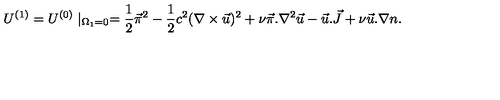
U ^ { ( 1 ) } = U ^ { ( 0 ) } \mid _ { \Omega _ { 1 } = 0 } = { \frac { 1 } { 2 } } \vec { \pi } ^ { 2 } - { \frac { 1 } { 2 } } c ^ { 2 } ( \nabla \times \vec { u } ) ^ { 2 } + \nu \vec { \pi } . \nabla ^ { 2 } \vec { u } - \vec { u } . \vec { J } + \nu \vec { u } . \nabla n .